Civil Veterinary Department. Central Provinces & Berar 1932-41 - 1932-1941
Year: 1932
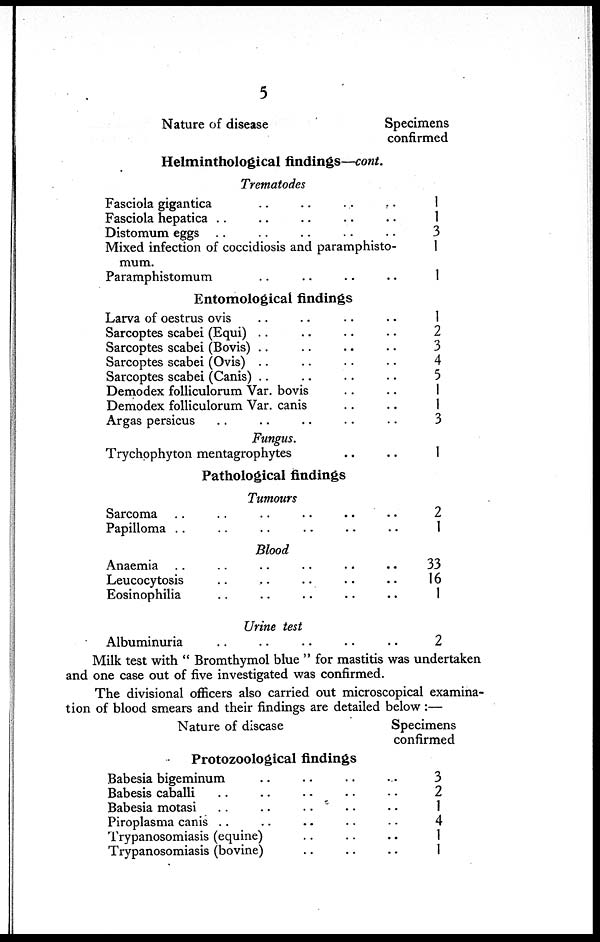
5
Nature of disease
Helminthological findings—cont.
Trematodes
Fasciola gigantica .. .. .. ..
Fasciola hepatica .. .. .. ..
Distomum eggs .. .. .. ..
Mixed infection of coccidiosis and paramphisto-
mum.
Paramphistomum .. .. ..
Entomological findings
Larva of oestrus ovis .. .. ..
Sarcoptes scabei (Equi) .. .. ..
Sarcoptes scabei (Bovis) .. .. ..
Sarcoptes scabei (Ovis) .. .. ..
Sarcoptes scabei (Canis) .. .. ..
Demodex folliculorum Var. bovis ..
Demodex folliculorum Var. canis ..
Argas persicus .. .. .. ..
Fungus.
Trychophyton mentagrophytes ..
Pathological findings
Tumours
Sarcoma .. .. .. .. ..
Papilloma .. .. .. .. ...
Blood
Anaemia .. .. .. .. ..
Leucocytosis .. .. .. ..
Eosinophilia .. .. .. ..
Urine test
Albuminuria .. .. .. ..
Specimens
confirmed
1
1
3
1
1
1
2
3
4
5
1
1
3
1
2
1
33
16
1
2
Milk test with "Bromthymol blue" for mastitis was undertaken
and one case out of five investigated was confirmed.
The divisional officers also carried out microscopical examina-
tion of blood smears and their findings are detailed below :—
Nature of disease
Protozoological findings
Babesia bigeminum .. .. .. ..
Babesis caballi .. .. .. .. ..
Babesia motasi .. .. .. .. ..
Piroplasma canis .. .. .. .. ..
Trypanosomiasis (equine) .. .. ..
Trypanosomiasis (bovine) .. .. ..
Specimens
confirmed
3
2
1
4
1
1